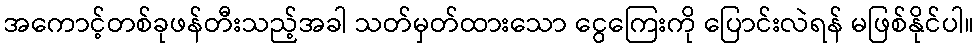
အကောင့်တစ်ခုဖန်တီးသည့်အခါ သတ်မှတ်ထားသော ငွေကြေးကို ပြောင်းလဲရန် မဖြစ်နိုင်ပါ။